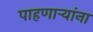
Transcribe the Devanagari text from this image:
पाहणाऱ्यांना